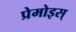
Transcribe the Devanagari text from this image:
प्रेमोइस्